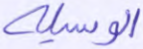
الوسيلة